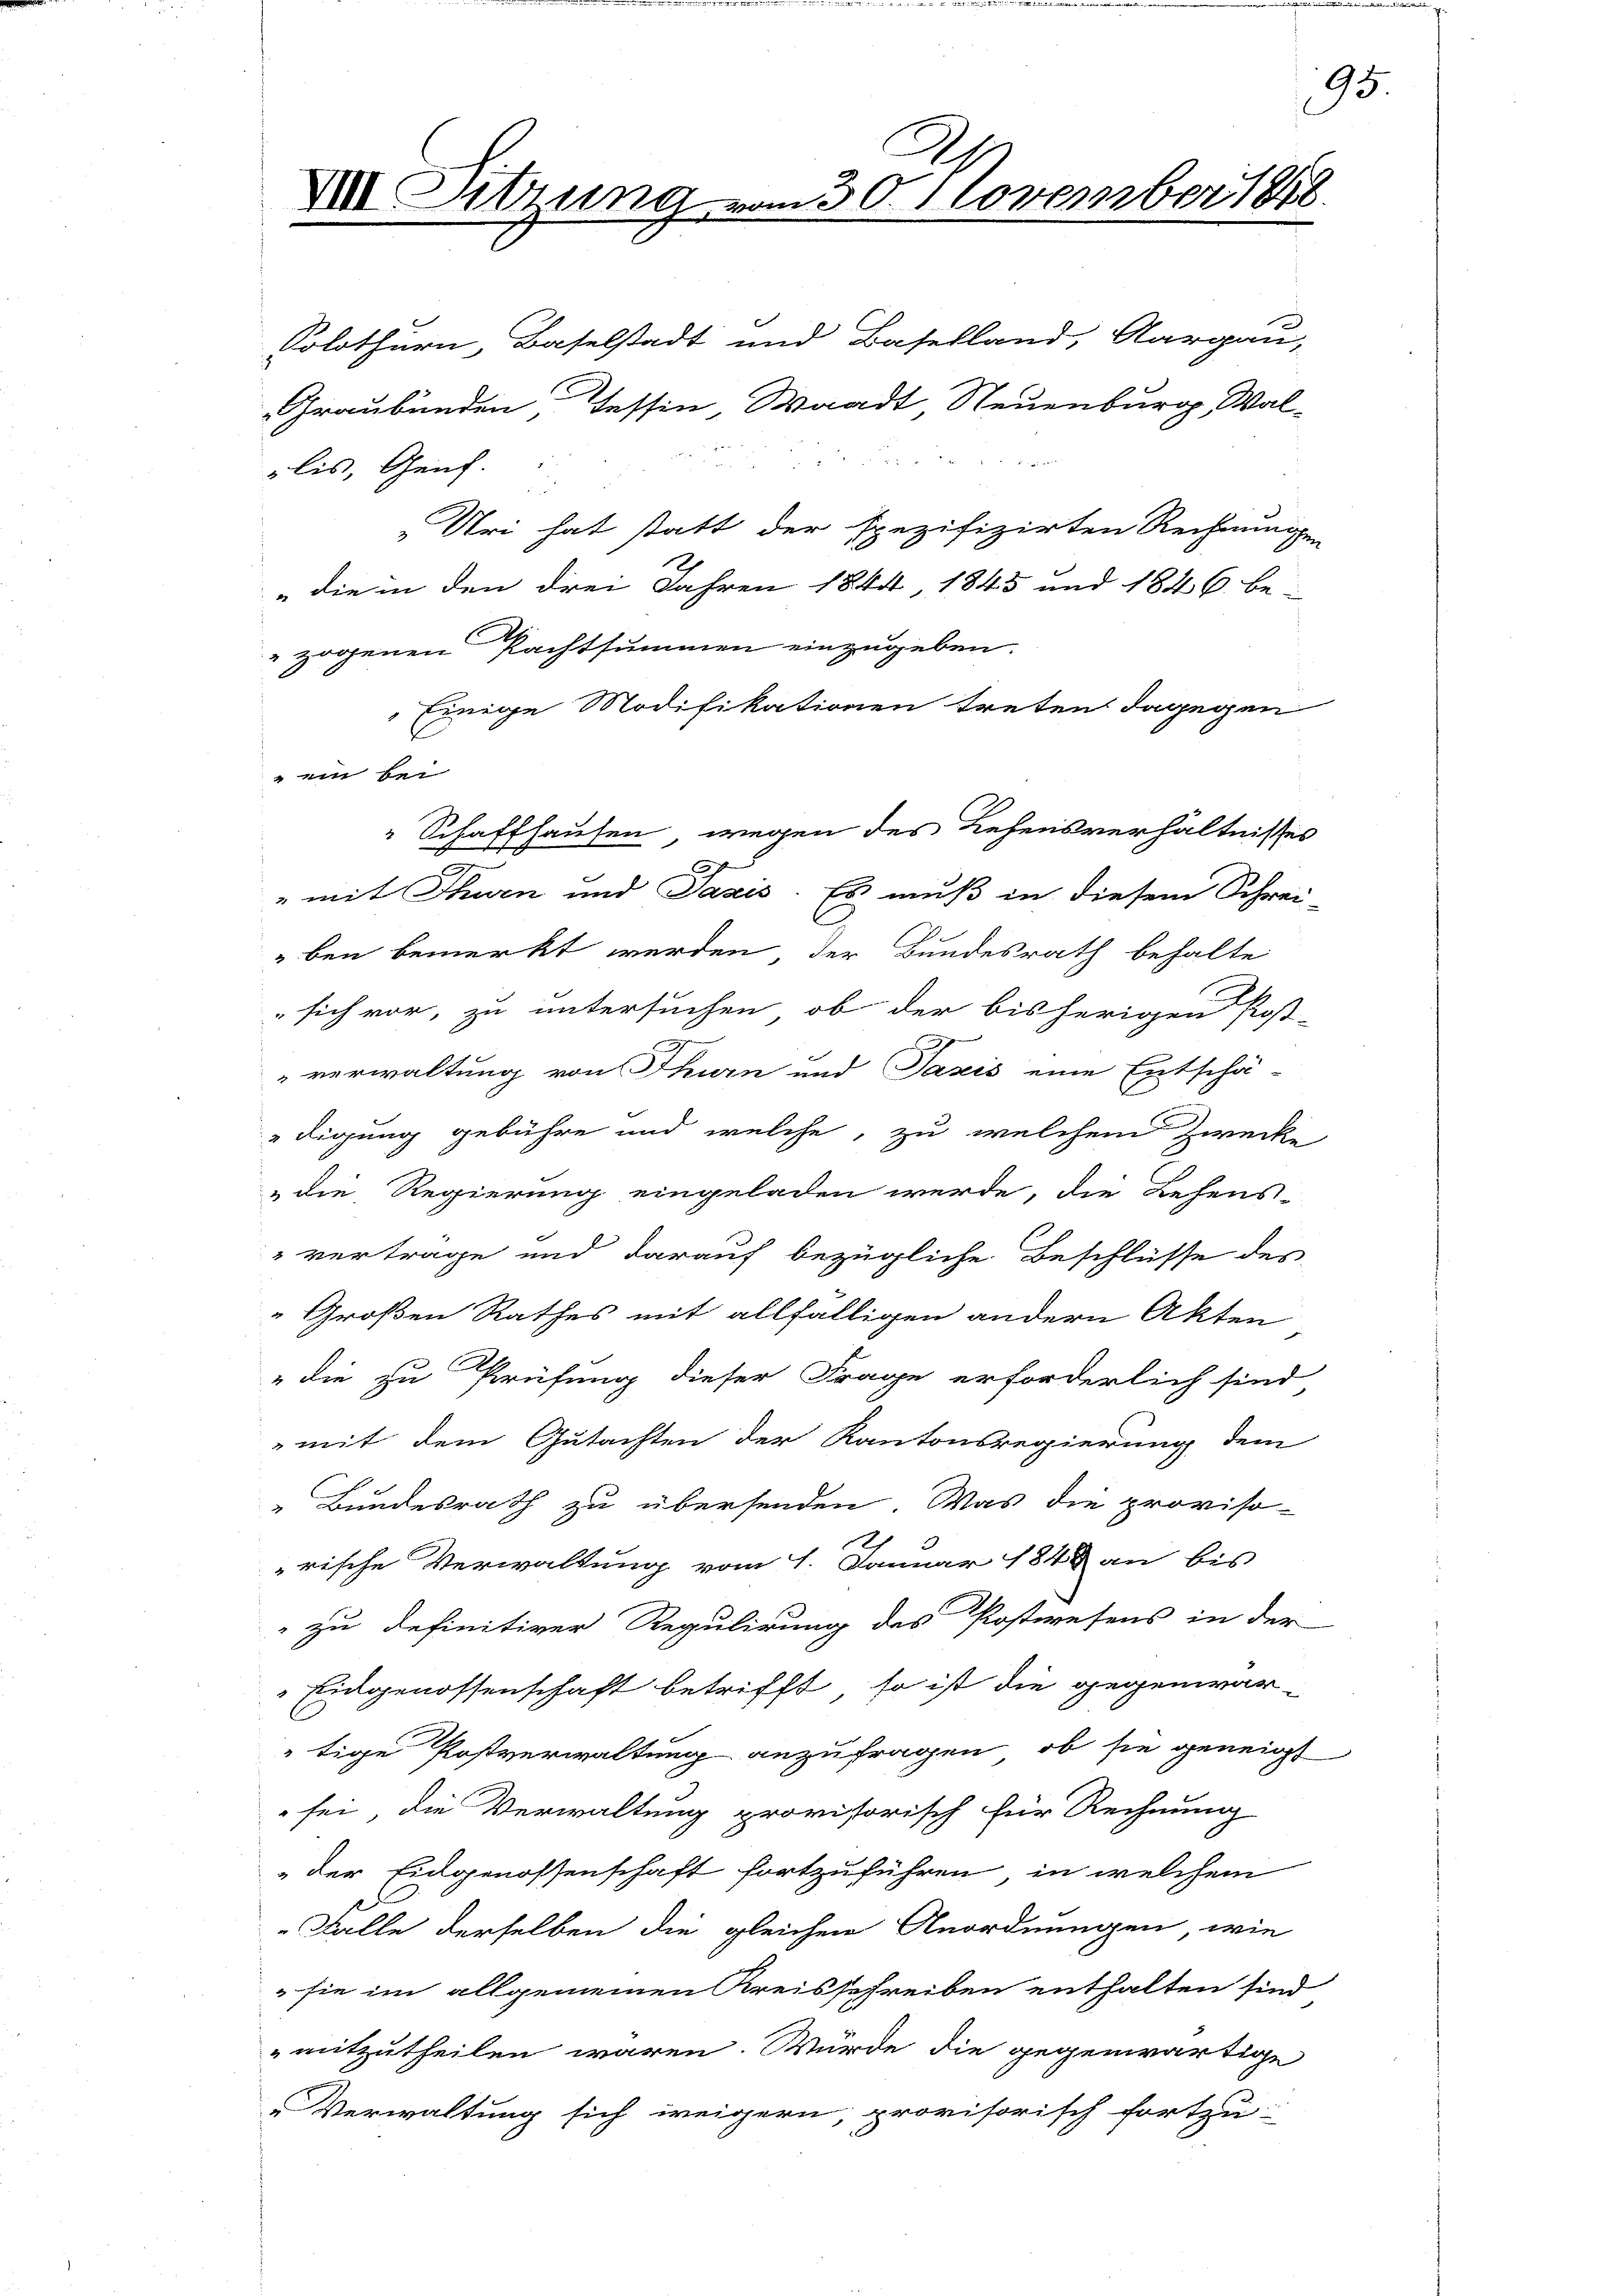
Solothurn, Baselstadt und Baselland, Aargau,
Graubünden Tessin Waadt Neuenburg, Wal-

lis, Genf.

VII. Sitzung

„Uri hat statt der spezifizirten Rechnungen
" die in den drei Jahren 1844, 1845 und 1846 be-
zogenen Pachtsummen einzugeben.
Einige Modifikationen treten dagegen
"ein bei
" Schaffhausen wegen des Lehensverhältnisses
" mit Thurn und Taxis. Es muß in diesem Schrei-
ben bemerkt werden, der Bundesrath behalte
sich vor, zu untersuchen, ob der bisherigen Post-
verwaltung von Thurn und Pasis eine Entschä-
digung gebühre und welche, zu welchem Zwecke
die Regierung eingeladen werde, die Lehens-
vertrage und darauf bezügliche Beschlüsse des
" Großen Rathes mit allfälligen andern Akten
"die zu Prüfung dieser Frage erforderlich sind,
mit dem Gutachten der Kantonsregierung dem
„Bundesrath zu übersenden. Was die provisorische Verwaltung vom 1. Januar 1848 an bis
" zu definitiver Regulirung des Postwesens in der
Eidgenossenschaft betrifft, so ist die gegenwär-
tige Postverwaltung anzufragen, ob sie geneigt
sei, die Verwaltung provisorisch für Rechnung
der Eidgenossenschaft fortzuführen, in welchem
Falle derselben die gleichen Anordnungen, wie
 sie im allgemeinen Kreisschreiben enthalten sind
mitzutheilen wären. Würde die gegenwärtige
Verwaltung sich weigern, provisorisch fortzu-

30. November 1810.

95.